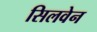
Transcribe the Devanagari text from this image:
सिलवेन